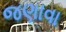
જણાવા